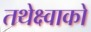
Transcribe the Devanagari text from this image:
तथेक्ष्वाको